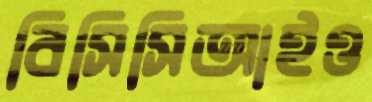
বিসিসিআইও